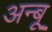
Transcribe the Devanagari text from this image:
अन्बू